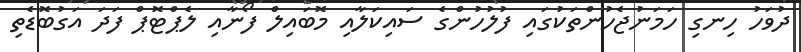
ދުވަހު ހިނގި ހަމަނުޖެހުންތަކުގައި ފުލުހުންގެ ސައިކަލާއި މޮބައިލް ފޯނާއި ލެޕްޓޮޕް ފަދަ އަގުބޮޑެތި